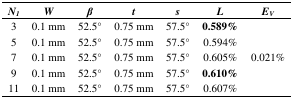
| N1 | W | β | t | s | L | EV |
 | --- | --- | --- | --- | --- | --- | --- |
 | 3 | 0.1 mm | 52.5° | 0.75 mm | 57.5° | 0.589% | <ROWSPAN=5> 0.021% |
 | 5 | 0.1 mm | 52.5° | 0.75 mm | 57.5° | 0.594% |
 | 7 | 0.1 mm | 52.5° | 0.75 mm | 57.5° | 0.605% |
 | 9 | 0.1 mm | 52.5° | 0.75 mm | 57.5° | 0.610% |
 | 11 | 0.1 mm | 52.5° | 0.75 mm | 57.5° | 0.607% |